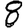
Digit: 8